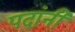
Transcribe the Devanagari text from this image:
पदांनी